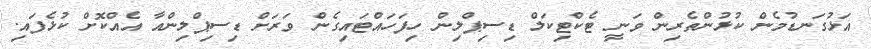
އަޅުގަނޑުމެން ކުޅުންތެރިން ވަނީ ޓެކްޓިކަލް ޑިސިޕްލިން ހިފަހައްޓައިގެން ވަރަށް ޑިސިޕްލިންއާ އެއްކޮށް ކުޅެފައި.